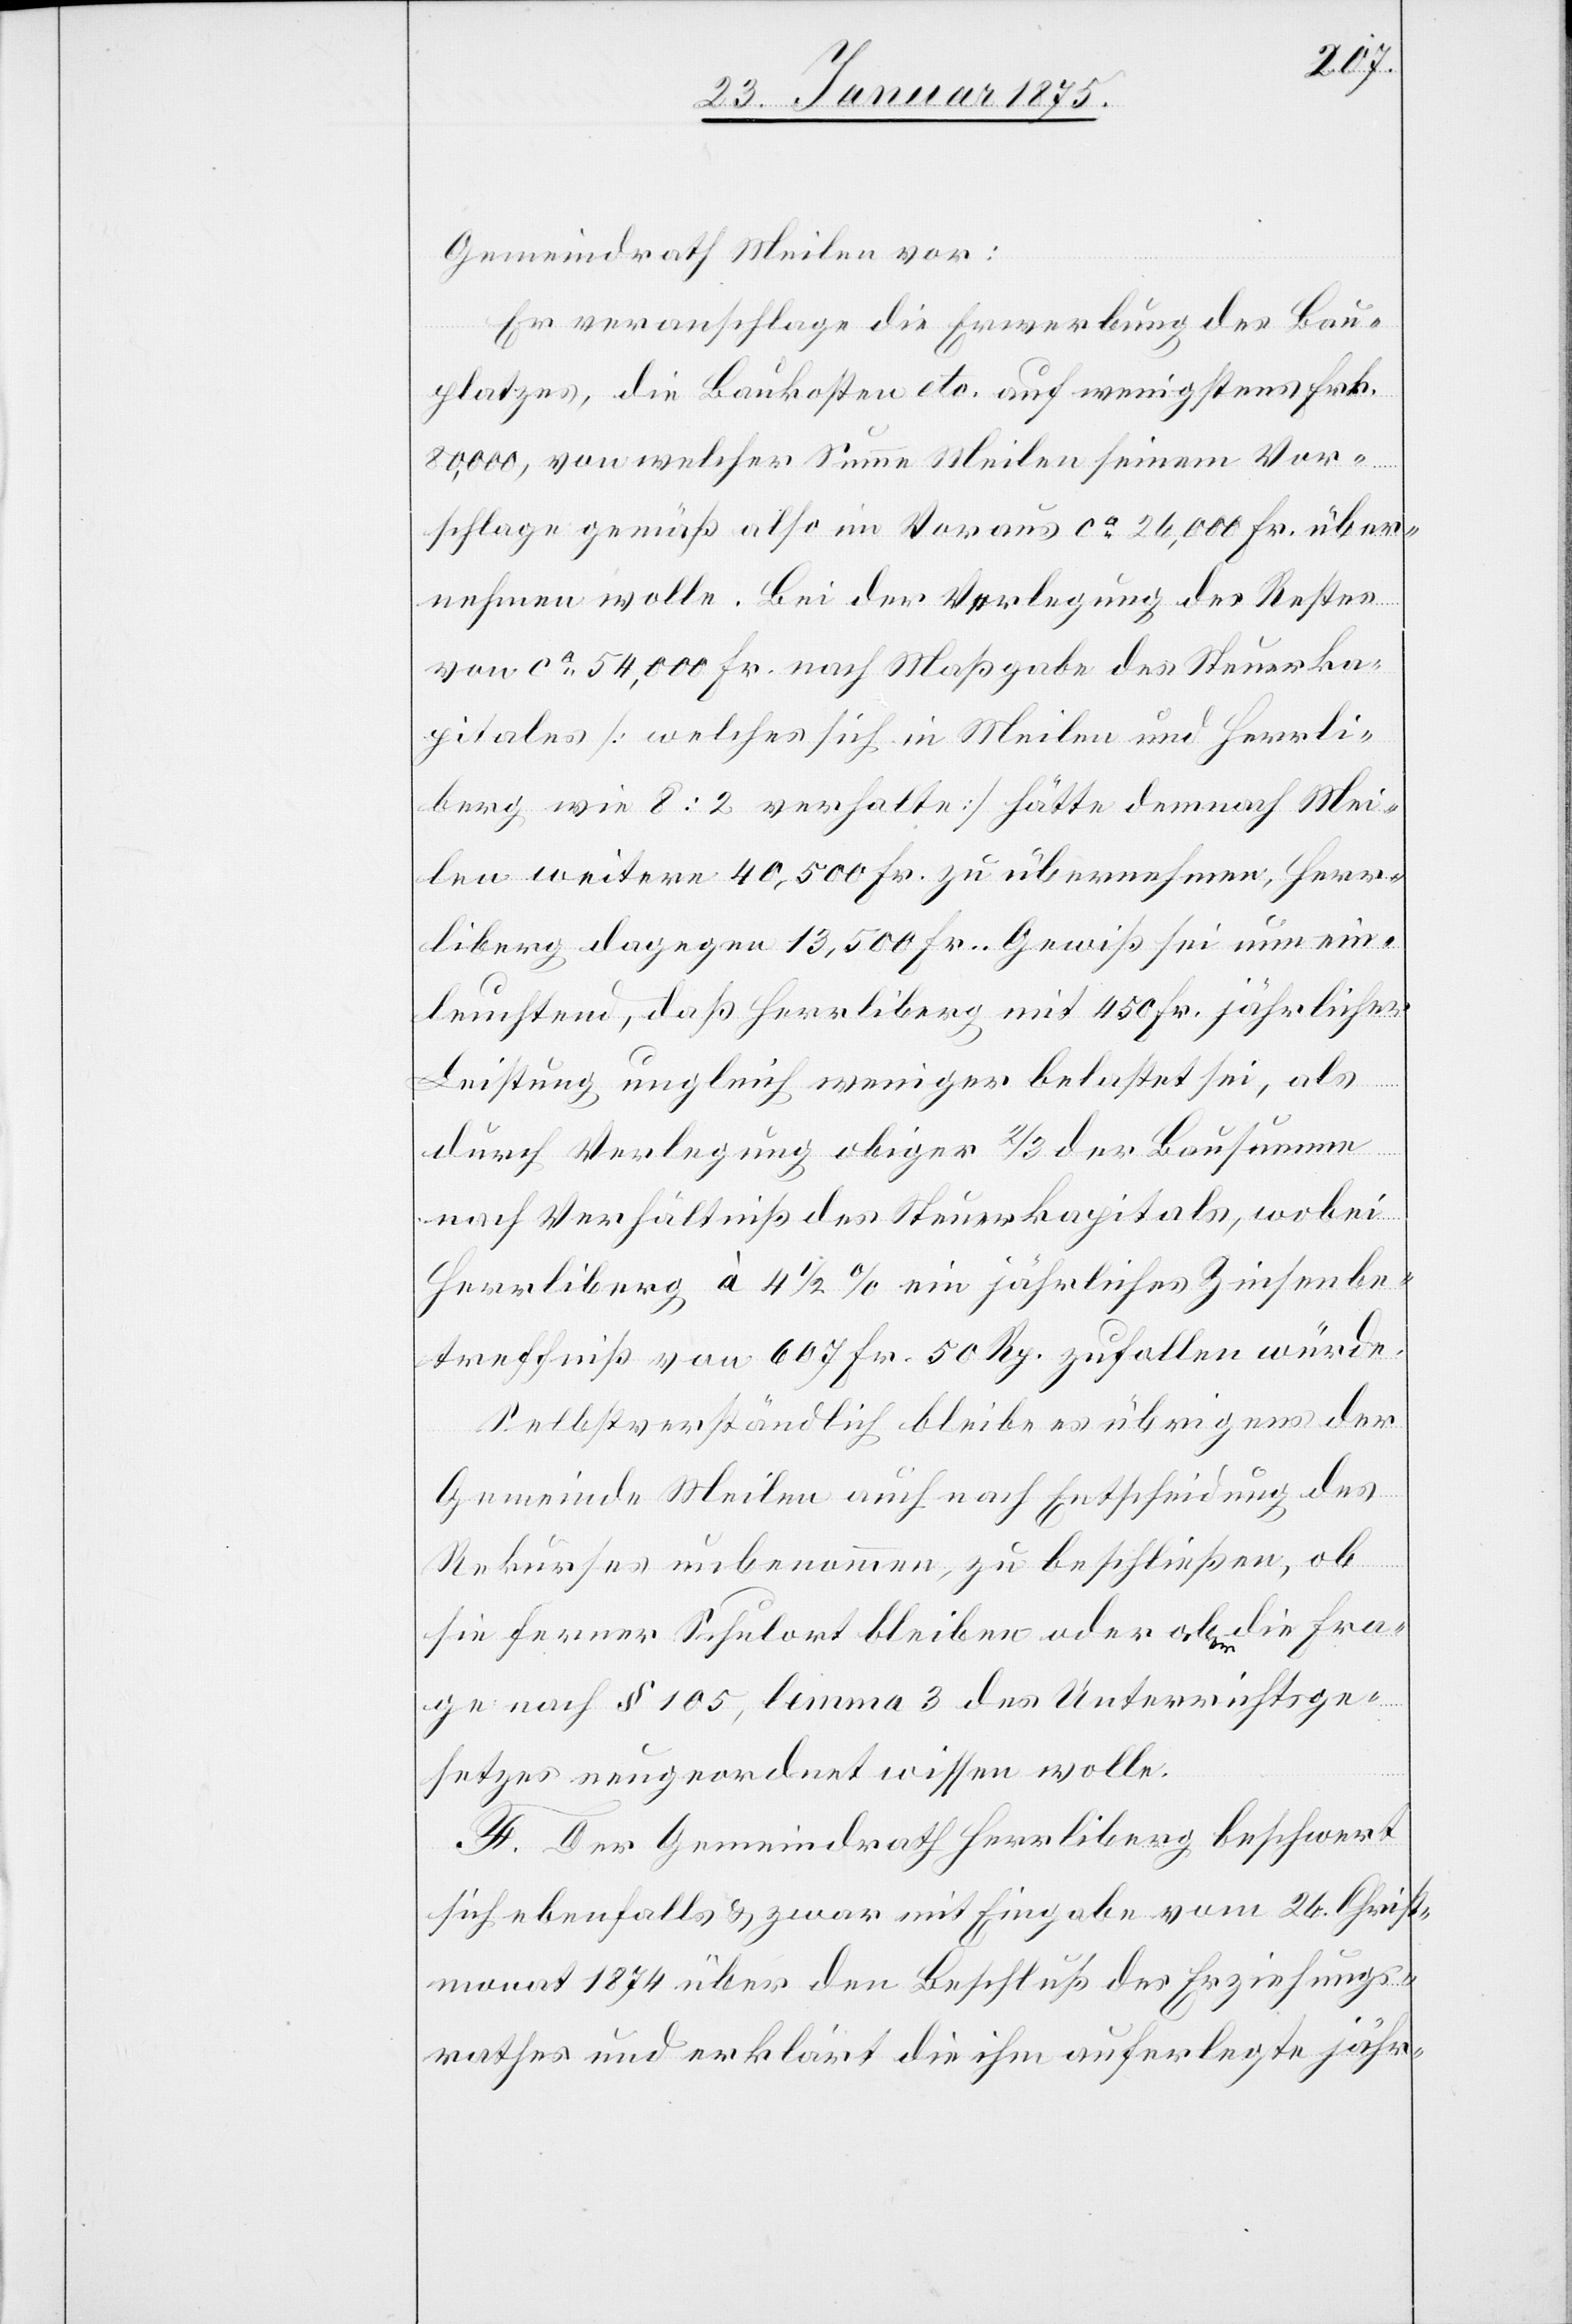
Gemeindrath Meilen vor:
Er veranschlage die Erwerbung des Bau¬
platzes, die Baukosten etc. auf wenigstens Frk.
80,000, von welcher Summe Meilen seinem Vor¬
schlage gemäß also im Voraus ca 26,000 Fr. über¬
nehmen wolle. Bei der Verlegung des Restes
von ca 54,000 Fr. nach Maßgabe des Steuerka¬
pitals (welches sich in Meilen und Herrli¬
berg wie 8:2 verhalte) hätte demnach Mei¬
len weitere 40,500 Fr. zu übernehmen, Herr¬
liberg dagegen 13,500 Fr. Gewiß sei nun ein¬
leuchtend, daß Herrliberg mit 450 Fr. jährlicher
Leistung ungleich weniger belastet sei, als
durch Verlegung obiger 2/3 der Bausumme
nach Verhältniß des Steuerkapitals, wobei
Herrliberg à 4 1/2% ein jährliches Zinsenbe¬
treffniß von 607 Fr. 50 Rp. zufallen würde.
Selbstverständlich bleibe es übrigens der
Gemeinde Meilen auch nach Entscheidung des
Rekurses unbenommen, zu beschließen, ob
sie ferner Schulort bleiben oder aber die Fra¬
ge nach § 105, lemma 3 des Unterrichtsge¬
setzes neugeordnet wissen wolle.
F. Der Gemeindrath Herrliberg beschwert
sich ebenfalls & zwar mit Eingabe vom 26. Christ¬
monat 1874 über den Beschluß des Erziehungs¬
rathes und erklärt die ihm auferlegte jähr-